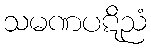
သမဏပဋိညံ